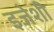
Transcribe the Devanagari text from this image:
इजेशी